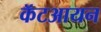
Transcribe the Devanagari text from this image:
कॅटआयन